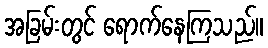
အခြမ်းတွင် ရောက်နေကြသည်။